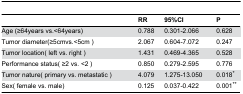
|  | RR | 95%CI | P |
 | --- | --- | --- | --- |
 | Age (≥64years vs.<64years) | 0.788 | 0.301-2.066 | 0.628 |
 | Tumor diameter(≥5cmvs.<5cm ) | 2.067 | 0.604-7.072 | 0.247 |
 | Tumor location( left vs. right ) | 1.431 | 0.469-4.365 | 0.528 |
 | Performance status( ≥2 vs. <2 ) | 0.850 | 0.279-2.595 | 0.776 |
 | Tumor nature( primary vs. metastatic ) | 4.079 | 1.275-13.050 | 0.018* |
 | Sex( female vs. male) | 0.125 | 0.037-0.422 | 0.001** |